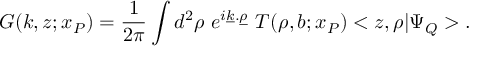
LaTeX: G ( k , z ; x _ { \cal P } ) = \frac 1 { 2 \pi } \int d ^ { 2 } \rho \ e ^ { i \underline { { k } } . \underline { { { \rho } } } } \ T ( \rho , b ; x _ { \cal P } ) < z , \rho | \Psi _ { Q } > .